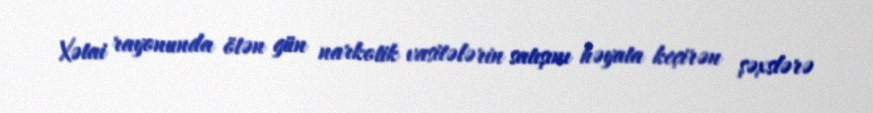
Xətai rayonunda ötən gün narkotik vasitələrin satışını həyata keçirən şəxslərə